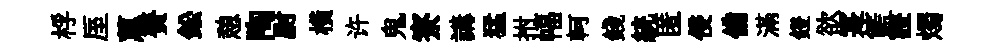
桴厔蕙賚鈆憩陶尉橫许鬼寮講猛拊幅軻錢統匿侵備滿鐙欲寔籃證燭